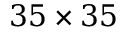
3 5 \times 3 5